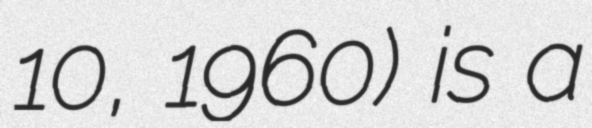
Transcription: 10, 1960) is a